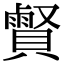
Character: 𧷧